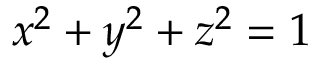
x ^ { 2 } + y ^ { 2 } + z ^ { 2 } = 1